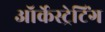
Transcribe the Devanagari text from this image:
ऑर्केस्ट्रेटिंग